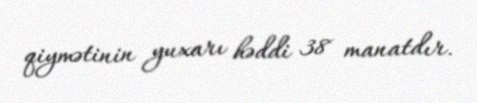
qiymətinin yuxarı həddi 38 manatdır.